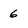
Character: 6